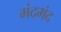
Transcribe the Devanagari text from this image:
मंदमंद